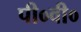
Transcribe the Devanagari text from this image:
पी०वी०